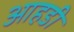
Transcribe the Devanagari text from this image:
आहडी